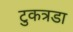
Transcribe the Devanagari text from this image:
टुकत्रडा